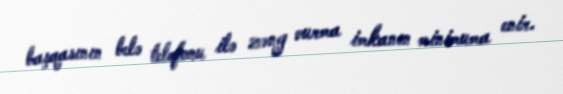
başqasının belə telefonu ilə zəng vurma imkanın minimuma enir.